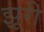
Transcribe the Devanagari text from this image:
झूरी